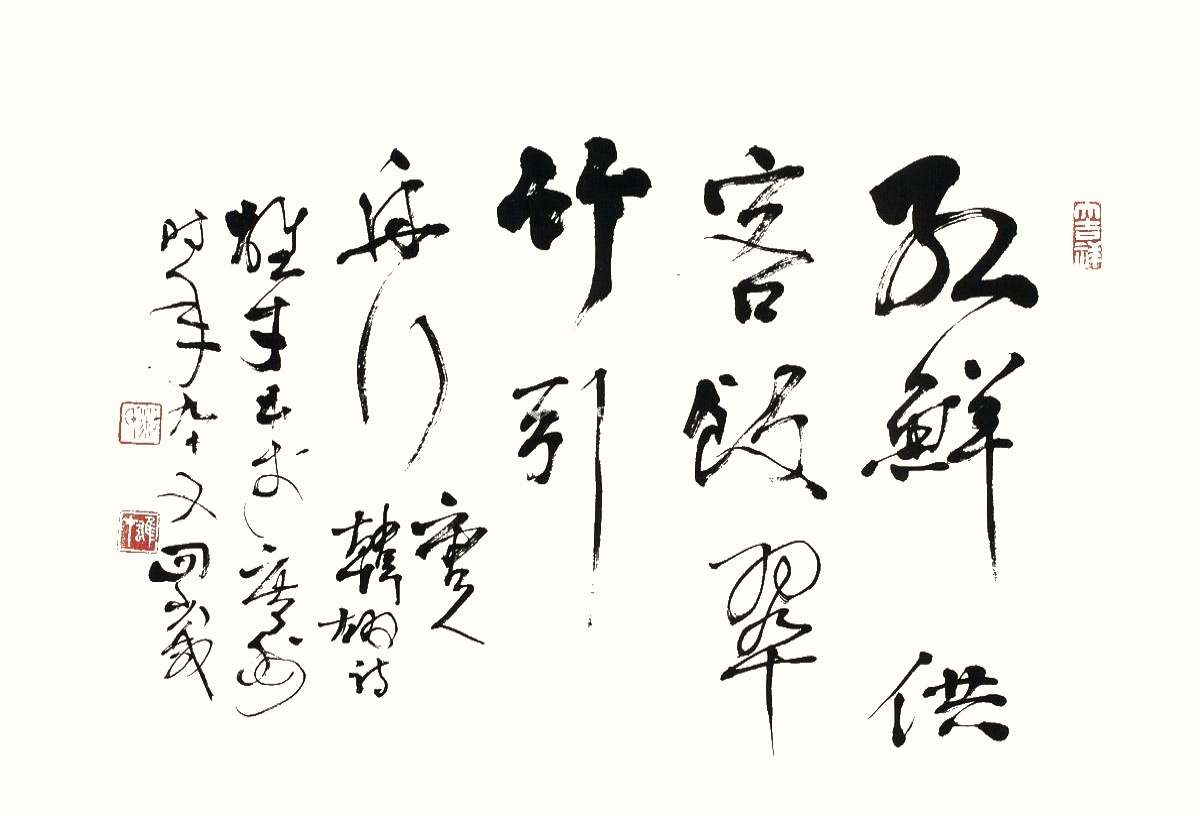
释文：红鲜供客饭，翠竹引舟行。唐人韩翃诗，雄才书于广州，时年九十又四岁。